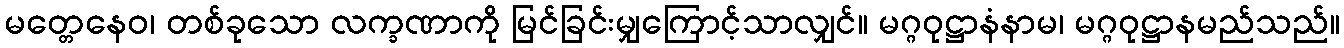
မတ္တေနေဝ၊ တစ်ခုသော လက္ခဏာကို မြင်ခြင်းမျှကြောင့်သာလျှင်။ မဂ္ဂဝုဋ္ဌာနံနာမ၊ မဂ္ဂဝုဋ္ဌာနမည်သည်။